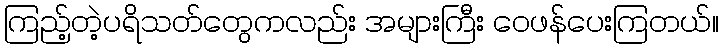
ကြည့်တဲ့ပရိသတ်တွေကလည်း အများကြီး ဝေဖန်ပေးကြတယ်။